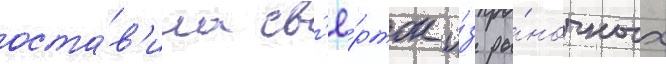
оста́в'ила св'ё́рток и́з ры́ночных